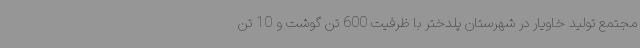
مجتمع تولید خاویار در شهرستان پلدختر با ظرفیت 600 تن گوشت و 10 تن